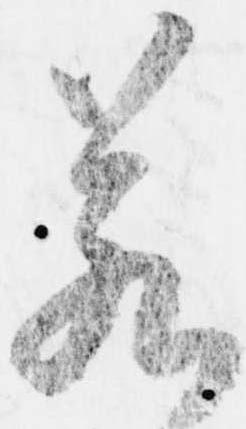
若